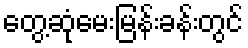
တွေ့ဆုံမေးမြန်းခန်းတွင်